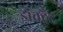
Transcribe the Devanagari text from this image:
डॉक्ट्रैट